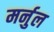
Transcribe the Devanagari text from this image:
मर्नुल